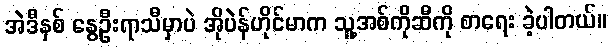
အဲဒီနှစ် နွေဦးရာသီမှာပဲ အိုပဲန်ဟိုင်မာက သူ့အစ်ကိုဆီကို စာရေး ခဲ့ပါတယ်။